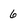
Character: 6